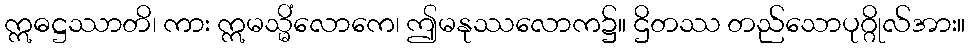
ဣဓဋ္ဌဿာတိ၊ ကား ဣမသ္မိံလောကေ၊ ဤမနုဿလောက၌။ ဌိတဿ တည်သောပုဂ္ဂိုလ်အား။